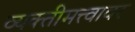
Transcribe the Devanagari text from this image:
व्यक्तीमत्त्वावर